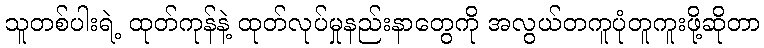
သူတစ်ပါးရဲ့ ထုတ်ကုန်နဲ့ ထုတ်လုပ်မှုနည်းနာတွေကို အလွယ်တကူပုံတူကူးဖို့ဆိုတာ